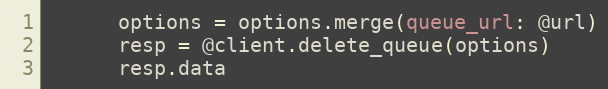
Language: Ruby
      options = options.merge(queue_url: @url)
      resp = @client.delete_queue(options)
      resp.data